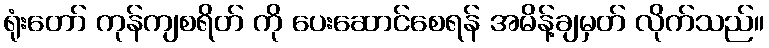
ရုံးတော် ကုန်ကျစရိတ် ကို ပေးဆောင်စေရန် အမိန့်ချမှတ် လိုက်သည်။